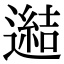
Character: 𨗟